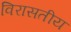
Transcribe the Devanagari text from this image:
विरासतीय